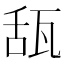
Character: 𤭇